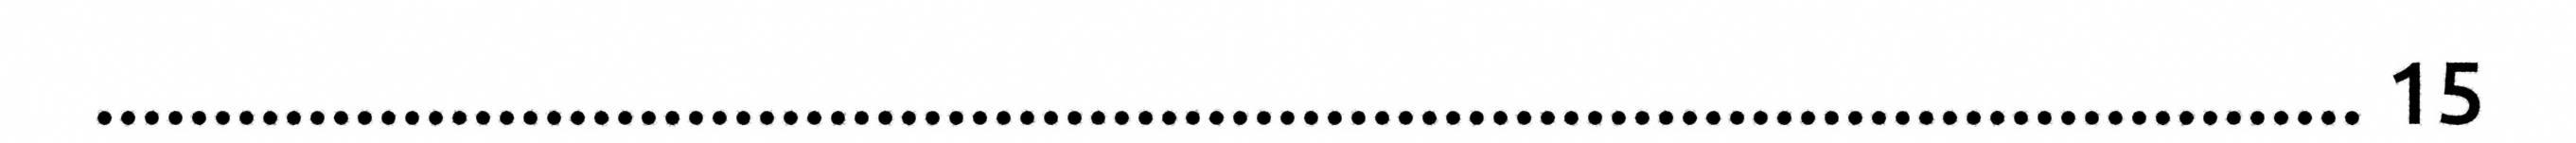
................................................................................................ 15